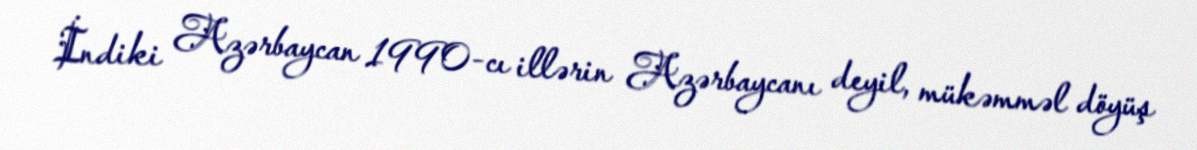
İndiki Azərbaycan 1990-cı illərin Azərbaycanı deyil, mükəmməl döyüş